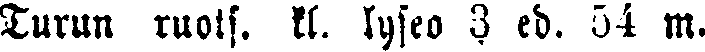
Turun ruots. kl. lyseo 3 ed. 54 m.